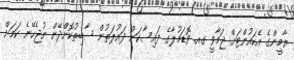
ޔާމީންގެ އެކައުންޓަށް ޖަމާވީ ގއ. ވޮޑަމުލާގެ ފައިސާކަން ދައުލަތުން ސާބިތުކޮށްދޭން ނުޖެހޭނެ ކަމަށް